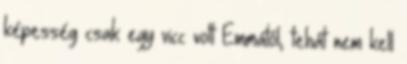
képesség csak egy vicc volt Emmától, tehát nem kell